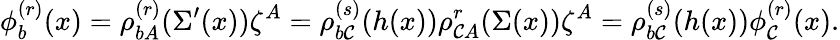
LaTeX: \phi_{b}^{(r)}(x)=\rho_{bA}^{(r)}(\Sigma^{\prime}(x))\zeta^{A}=\rho_{b\mathcal{C}}^{(s)}(h(x))\rho_{\mathcal{C}A}^{r}(\Sigma(x))\zeta^{A}=\rho_{b\mathcal{C}}^{(s)}(h(x))\phi_{\mathcal{C}}^{(r)}(x).